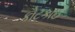
કોટકાઈ